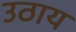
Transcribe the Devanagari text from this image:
उठाय